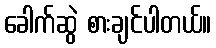
ခေါက်ဆွဲ စားချင်ပါတယ်။